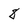
Character: 8